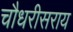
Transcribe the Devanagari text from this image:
चौधरीसराय